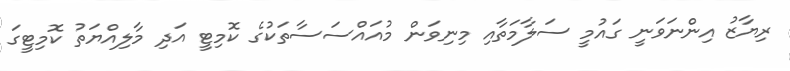
ރިޔާޒު އިންނަވަނީ ގައުމީ ސަލާމަތާއި މިނިވަން މުއައްސަސާތަކުގެ ކޮމިޓީ އަދި މާލިއްޔަތު ކޮމިޓީގަ